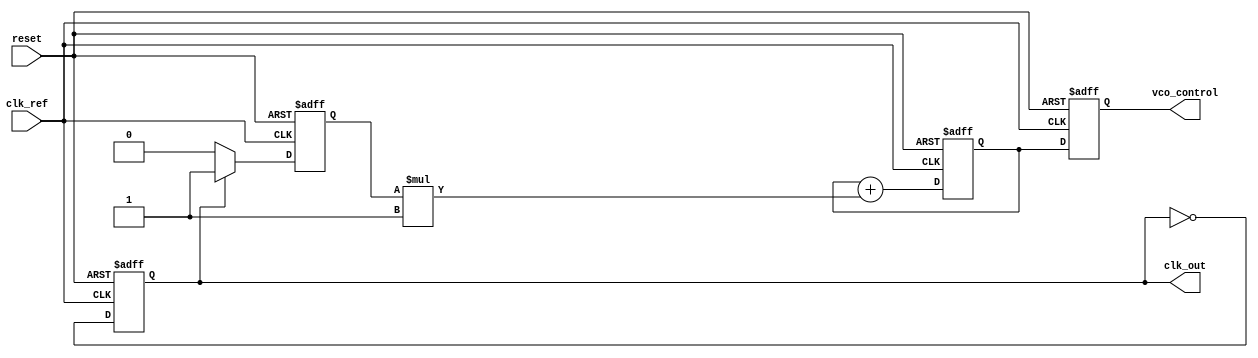
module pll (
    input wire clk_ref,          // Reference clock
    input wire reset,            // Reset signal
    output reg clk_out,          // Output clock
    output reg [7:0] vco_control // Control voltage for VCO (simplified)
);

    // Parameters
    parameter VCO_MAX_FREQ = 100; // Maximum frequency for VCO
    parameter VCO_MIN_FREQ = 10;   // Minimum frequency for VCO
    parameter LOOP_FILTER_GAIN = 1; // Gain for loop filter

    // Internal signals
    reg clk_ref_d;                // Delayed reference clock
    reg phase_error;              // Phase error signal
    reg [7:0] loop_filter;        // Loop filter output
    reg [7:0] vco_freq;           // Current VCO frequency
    reg [7:0] vco_tuning;         // VCO tuning parameter

    // Phase Detector (PD)
    always @(posedge clk_ref or posedge reset) begin
        if (reset) begin
            phase_error <= 0;
        end else begin
            clk_ref_d <= clk_ref; // Capture the reference clock
            // Compare phase of clk_ref and clk_out
            phase_error <= clk_out ? 1 : 0; // Simple phase comparison
        end
    end

    // Loop Filter (LF)
    always @(posedge clk_ref or posedge reset) begin
        if (reset) begin
            loop_filter <= 0;
        end else begin
            loop_filter <= loop_filter + (phase_error * LOOP_FILTER_GAIN);
        end
    end

    // Voltage-Controlled Oscillator (VCO)
    always @(posedge clk_ref or posedge reset) begin
        if (reset) begin
            vco_freq <= VCO_MIN_FREQ;
            clk_out <= 0;
        end else begin
            // Adjust VCO frequency based on loop filter output
            vco_tuning <= loop_filter;
            if (vco_tuning > VCO_MAX_FREQ) begin
                vco_freq <= VCO_MAX_FREQ;
            end else if (vco_tuning < VCO_MIN_FREQ) begin
                vco_freq <= VCO_MIN_FREQ;
            end else begin
                vco_freq <= vco_tuning;
            end
            
            // Generate output clock based on VCO frequency
            clk_out <= ~clk_out; // Toggle output clock for simplicity
        end
    end

    // Memory Blocks (for configuration parameters)
    always @(posedge clk_ref or posedge reset) begin
        if (reset) begin
            vco_control <= 0; // Reset control voltage
        end else begin
            vco_control <= loop_filter; // Store loop filter output as control voltage
        end
    end

endmodule